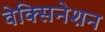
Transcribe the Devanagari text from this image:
वेक्सिनेशन